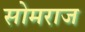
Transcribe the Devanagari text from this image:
सोमराज